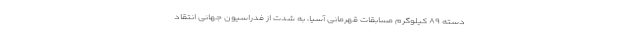
دسته ۸۹ کیلوگرم مسابقات قهرمانی آسیا، به شدت از فدراسیون جهانی انتقاد